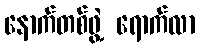
နောက်တစ်ဖွဲ့ ရောက်လာ